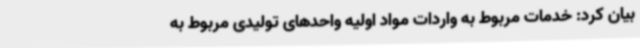
بیان کرد: خدمات مربوط به واردات مواد اولیه واحدهای تولیدی مربوط به